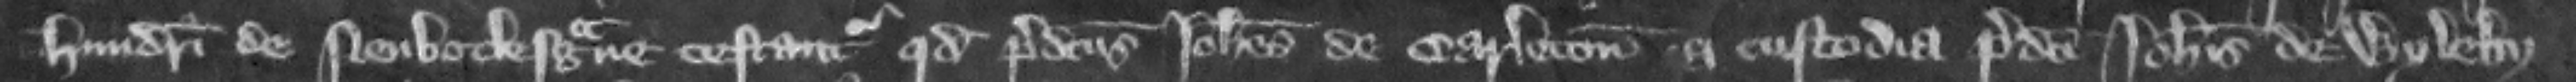
hundredi de Neubotlesgaue testantur quod predictus Iohannes de Carleton a custodia predicti Iohannis de Wyleby